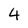
Character: 4